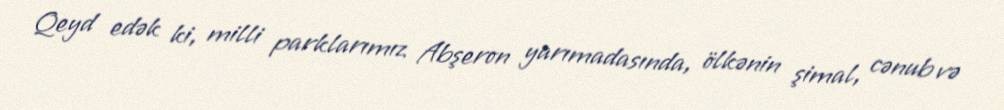
Qeyd edək ki, milli parklarımız Abşeron yarımadasında, ölkənin şimal, cənub və